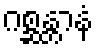
ဂစ္ဆန္တာနံ